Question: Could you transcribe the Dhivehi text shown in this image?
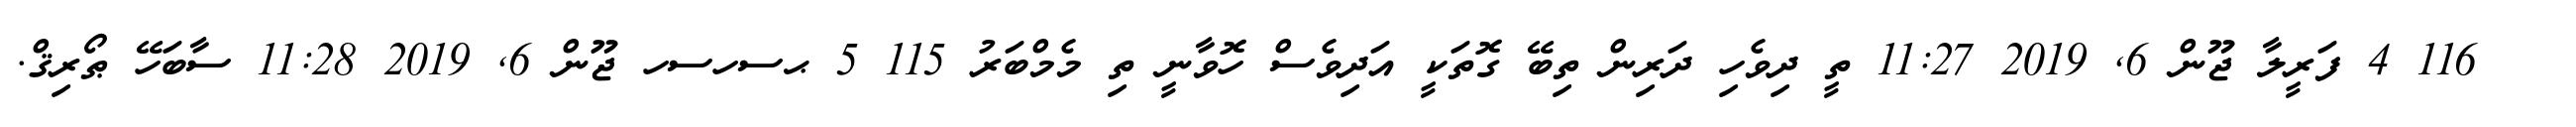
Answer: ??? 116 4 ފަރީލާ ޖޫން 6, 2019 11:27 ތީ ދިވެހި ދަރިން ތިބޭ ގޮތަކީ އަދިވެސް ހޮވާނީ ތި މެމްބަރު 115 5 ޙސހސހ ޖޫން 6, 2019 11:28 ސާބަހޭ ޠޯރިޤް.